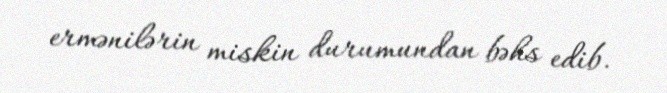
ermənilərin miskin durumundan bəhs edib.